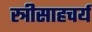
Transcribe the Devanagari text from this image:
स्त्रीसाहचर्य